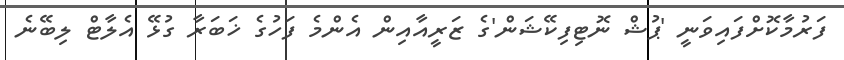
ފަރުމާކޮށްފައިވަނީ 'ޕުޝް ނޮޓިފިކޭޝަން'ގެ ޒަރީއާއިން އެންމެ ފަހުގެ ޚަބަރާ ގުޅޭ އެލާޓް ލިބޭނެ